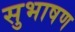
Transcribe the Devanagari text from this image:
सुभाषण